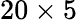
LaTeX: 20\times 5